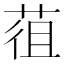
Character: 䓚